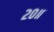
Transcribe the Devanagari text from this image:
२०॥